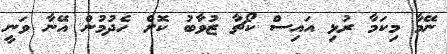
ނޭމާ މިކަމާ ރުޅި އައިސް ކޯޗާ ޒުވާބު ކޮށް ހެދުމުން އޭނާ ވަނީ